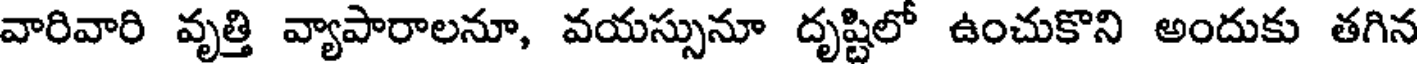
వారివారి వృత్తి వ్యాపారాలనూ, వయస్సునూ దృష్టిలో ఉంచుకొని అందుకు తగిన